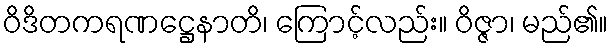
ဝိဒိတကရဏဋ္ဌေနာတိ၊ ကြောင့်လည်း။ ဝိဇ္ဇာ၊ မည်၏။